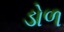
ડોળ